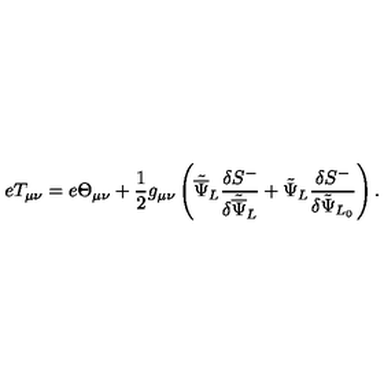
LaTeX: e T _ { \mu \nu } = e \Theta _ { \mu \nu } + \frac { 1 } { 2 } g _ { \mu \nu } \left( { \tilde { \overline { \Psi } } } _ { L } \frac { \delta { S } ^ { - } } { \delta { \tilde { \overline { \Psi } } } _ { L } } + { \tilde { \Psi } } _ { L } \frac { \delta { S } ^ { - } } { \delta { \tilde { \Psi } } _ { L _ { 0 } } } \right) .